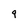
Character: 9